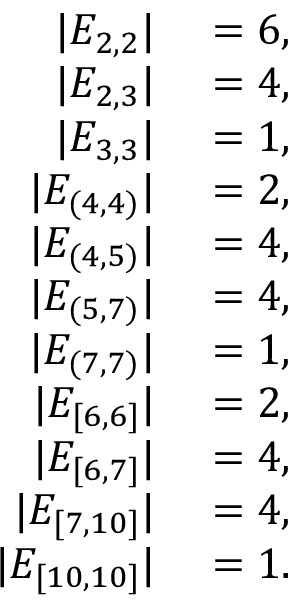
\begin{array} { r l } { | E _ { 2 , 2 } | } & { { } = 6 , } \\ { | E _ { 2 , 3 } | } & { { } = 4 , } \\ { | E _ { 3 , 3 } | } & { { } = 1 , } \\ { | E _ { ( 4 , 4 ) } | } & { { } = 2 , } \\ { | E _ { ( 4 , 5 ) } | } & { { } = 4 , } \\ { | E _ { ( 5 , 7 ) } | } & { { } = 4 , } \\ { | E _ { ( 7 , 7 ) } | } & { { } = 1 , } \\ { | E _ { [ 6 , 6 ] } | } & { { } = 2 , } \\ { | E _ { [ 6 , 7 ] } | } & { { } = 4 , } \\ { | E _ { [ 7 , 1 0 ] } | } & { { } = 4 , } \\ { | E _ { [ 1 0 , 1 0 ] } | } & { { } = 1 . } \end{array}